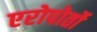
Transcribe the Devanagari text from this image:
एरोपोर्तो